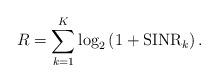
LaTeX: \begin{align*}R=\sum\limits_{k=1}^{K}\log_2\left(1+\mathrm{SINR}_k\right).\end{align*}